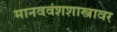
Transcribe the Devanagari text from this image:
मानववंशशास्त्रावर